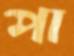
পা